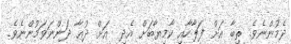
ދެމުންނެވެ. ތިބާ އަށް ފަލާހާއި ކާމިޔާބަށް އެދި  އަށް ދުޢާ ދަންނަވަމުންނެވެ.